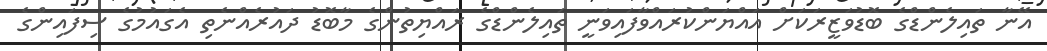
އޭނާ ތައިލެންޑްގެ ބޮޑުވަޒީރަކަށް އައްޔަންކުރައްވާފައިވަނީ ތައިލެންޑްގެ ރައްޔިތުންގެ މާބޮޑު ދައުރެއްނެތި އެގައުމުގެ ސިފައިންގެ